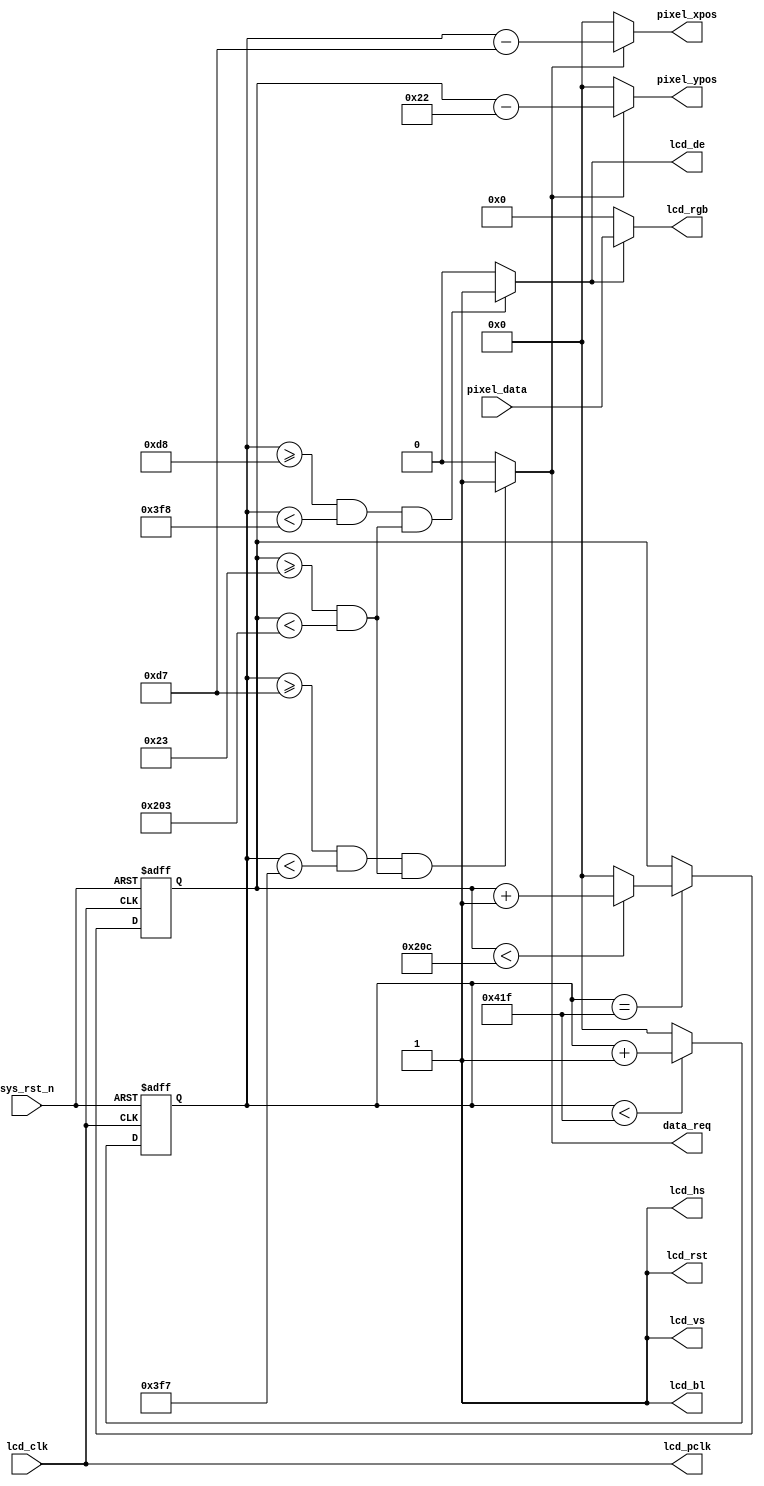
//****************************************Copyright (c)***********************************//
// : NC 
// ,  
// Copyright (c) 2020
// ALL right reserved
//----------------------------------------------------------------------------------------//
// Descriptions: 	LCD800*480
//----------------------------------------------------------------------------------------//
// Note:
//
//----------------------------------------------------------------------------------------//
//****************************************************************************************//



//
//
//
module lcd_driver_800_480(
    input           			lcd_clk,      //lcd
    input           			sys_rst_n,    //
    //RGB LCD   	   	   	                 
    output          			lcd_hs,       //LCD 
    output          			lcd_vs,       //LCD 
    output          			lcd_de,       //LCD 
    output  		[15:0]  		lcd_rgb,      //LCD RGB565
    output  		        		lcd_bl,       //LCD 
    output  		        		lcd_rst,      //LCD 
    output  		        		lcd_pclk,     //LCD 
            		        		
    input   		[15:0]  		pixel_data,   //
    output  		        		data_req  ,   // 
    output  		[10:0]  		pixel_xpos,   //
    output  		[10:0]  		pixel_ypos    //
    );                             
                                                        
//parameter define  
parameter  H_SYNC   =  11'd128;   //
parameter  H_BACK   =  11'd88;    //
parameter  H_DISP   =  11'd800;   //
parameter  H_FRONT  =  11'd40;    //
parameter  H_TOTAL  =  11'd1056;  //

parameter  V_SYNC   =  11'd2;     //
parameter  V_BACK   =  11'd33;    //
parameter  V_DISP   =  11'd480;   //
parameter  V_FRONT  =  11'd10;    //
parameter  V_TOTAL  =  11'd525;   //
          
//reg define                                     
reg  	[10:0] cnt_h;
reg  	[10:0] cnt_v;

//wire define
wire       lcd_en;

//*****************************************************
//**                    main code
//*****************************************************
assign lcd_bl   = 1'b1;           //RGB LCD
assign lcd_rst  = 1'b1;           //RGB LCD
assign lcd_pclk = lcd_clk;        //RGB LCD

//RGB LCD 
assign lcd_de  = lcd_en;          //LCD
assign lcd_hs  = 1'b1;
assign lcd_vs  = 1'b1;

//						
//
always 	@(posedge lcd_clk or negedge sys_rst_n) begin         
    		if (!sys_rst_n)
        		cnt_h <= 11'd0;                                  
    		else begin
        		if(cnt_h < H_TOTAL - 1'b1)                                               
            		cnt_h <= cnt_h + 1'b1;                               
        		else 
            		cnt_h <= 11'd0;  
    		end
end
//()
always 	@(posedge lcd_clk or negedge sys_rst_n) begin         
    		if (!sys_rst_n)
        		cnt_v <= 11'd0;                                  
    		else if(cnt_h == H_TOTAL - 1'b1) begin
        		if(cnt_v < V_TOTAL - 1'b1)                                               
            		cnt_v <= cnt_v + 1'b1;                               
        		else 
           		 cnt_v <= 11'd0;  
   		end
end

//
//                
assign 	data_req = (((cnt_h >= H_SYNC+H_BACK-1'b1) && (cnt_h < H_SYNC+H_BACK+H_DISP-1'b1))
                  && ((cnt_v >= V_SYNC+V_BACK) && (cnt_v < V_SYNC+V_BACK+V_DISP)))
                  ?  1'b1 : 1'b0;
//
assign 	lcd_en  = (((cnt_h >= H_SYNC+H_BACK) && (cnt_h < H_SYNC+H_BACK+H_DISP))
                 &&((cnt_v >= V_SYNC+V_BACK) && (cnt_v < V_SYNC+V_BACK+V_DISP)))
                 ?  1'b1 : 1'b0;
//                
assign 	lcd_rgb = lcd_en ? pixel_data : 16'd0;
//

			
//RGB display               
assign 	pixel_xpos = data_req ? (cnt_h - (H_SYNC + H_BACK - 1'b1)) : 11'd0;
assign 	pixel_ypos = data_req ? (cnt_v - (V_SYNC + V_BACK - 1'b1)) : 11'd0;







endmodule